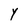
Character: Y